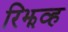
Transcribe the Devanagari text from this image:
रिझव्ह